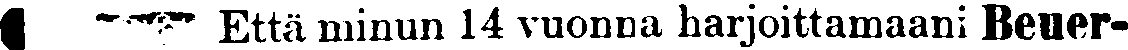
# Että minun 14 vuonna harjoittamaani Beuer-